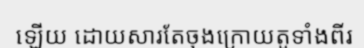
ឡើយ ដោយសារតែចុងក្រោយតួទាំងពីរ